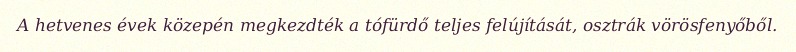
A hetvenes évek közepén megkezdték a tófürdő teljes felújítását, osztrák vörösfenyőből.